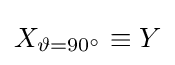
X_{\vartheta =90^{\circ }}\equiv Y